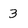
Character: 3